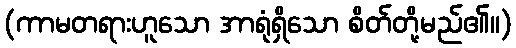
(ကာမတရားဟူသော အာရုံရှိသော စိတ်တို့မည်၏။)